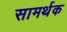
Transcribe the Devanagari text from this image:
सामर्थक